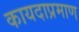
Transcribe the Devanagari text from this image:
कायदाप्रमाण